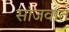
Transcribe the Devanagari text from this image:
सांजवात